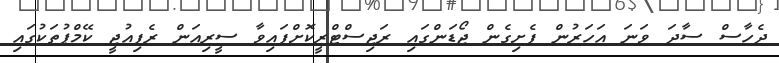
ދެހާސް ސާދަ ވަނަ އަހަރުން ފެށިގެން ޖޯޑަންގައި ރަޖިސްޓްރީކޮށްފައިވާ ސީރިއަން ރެފިއުޖީ ކޭމްޕުތަކުގައި